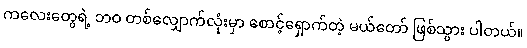
ကလေးတွေရဲ့ ဘဝ တစ်လျှောက်လုံးမှာ စောင့်ရှောက်တဲ့ မယ်တော် ဖြစ်သွား ပါတယ်။